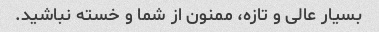
بسیار عالی و تازه، ممنون از شما و خسته نباشید.